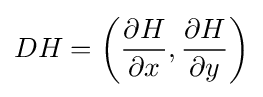
DH=\left({\frac {\partial H}{\partial x}},{\frac {\partial H}{\partial y}}\right)